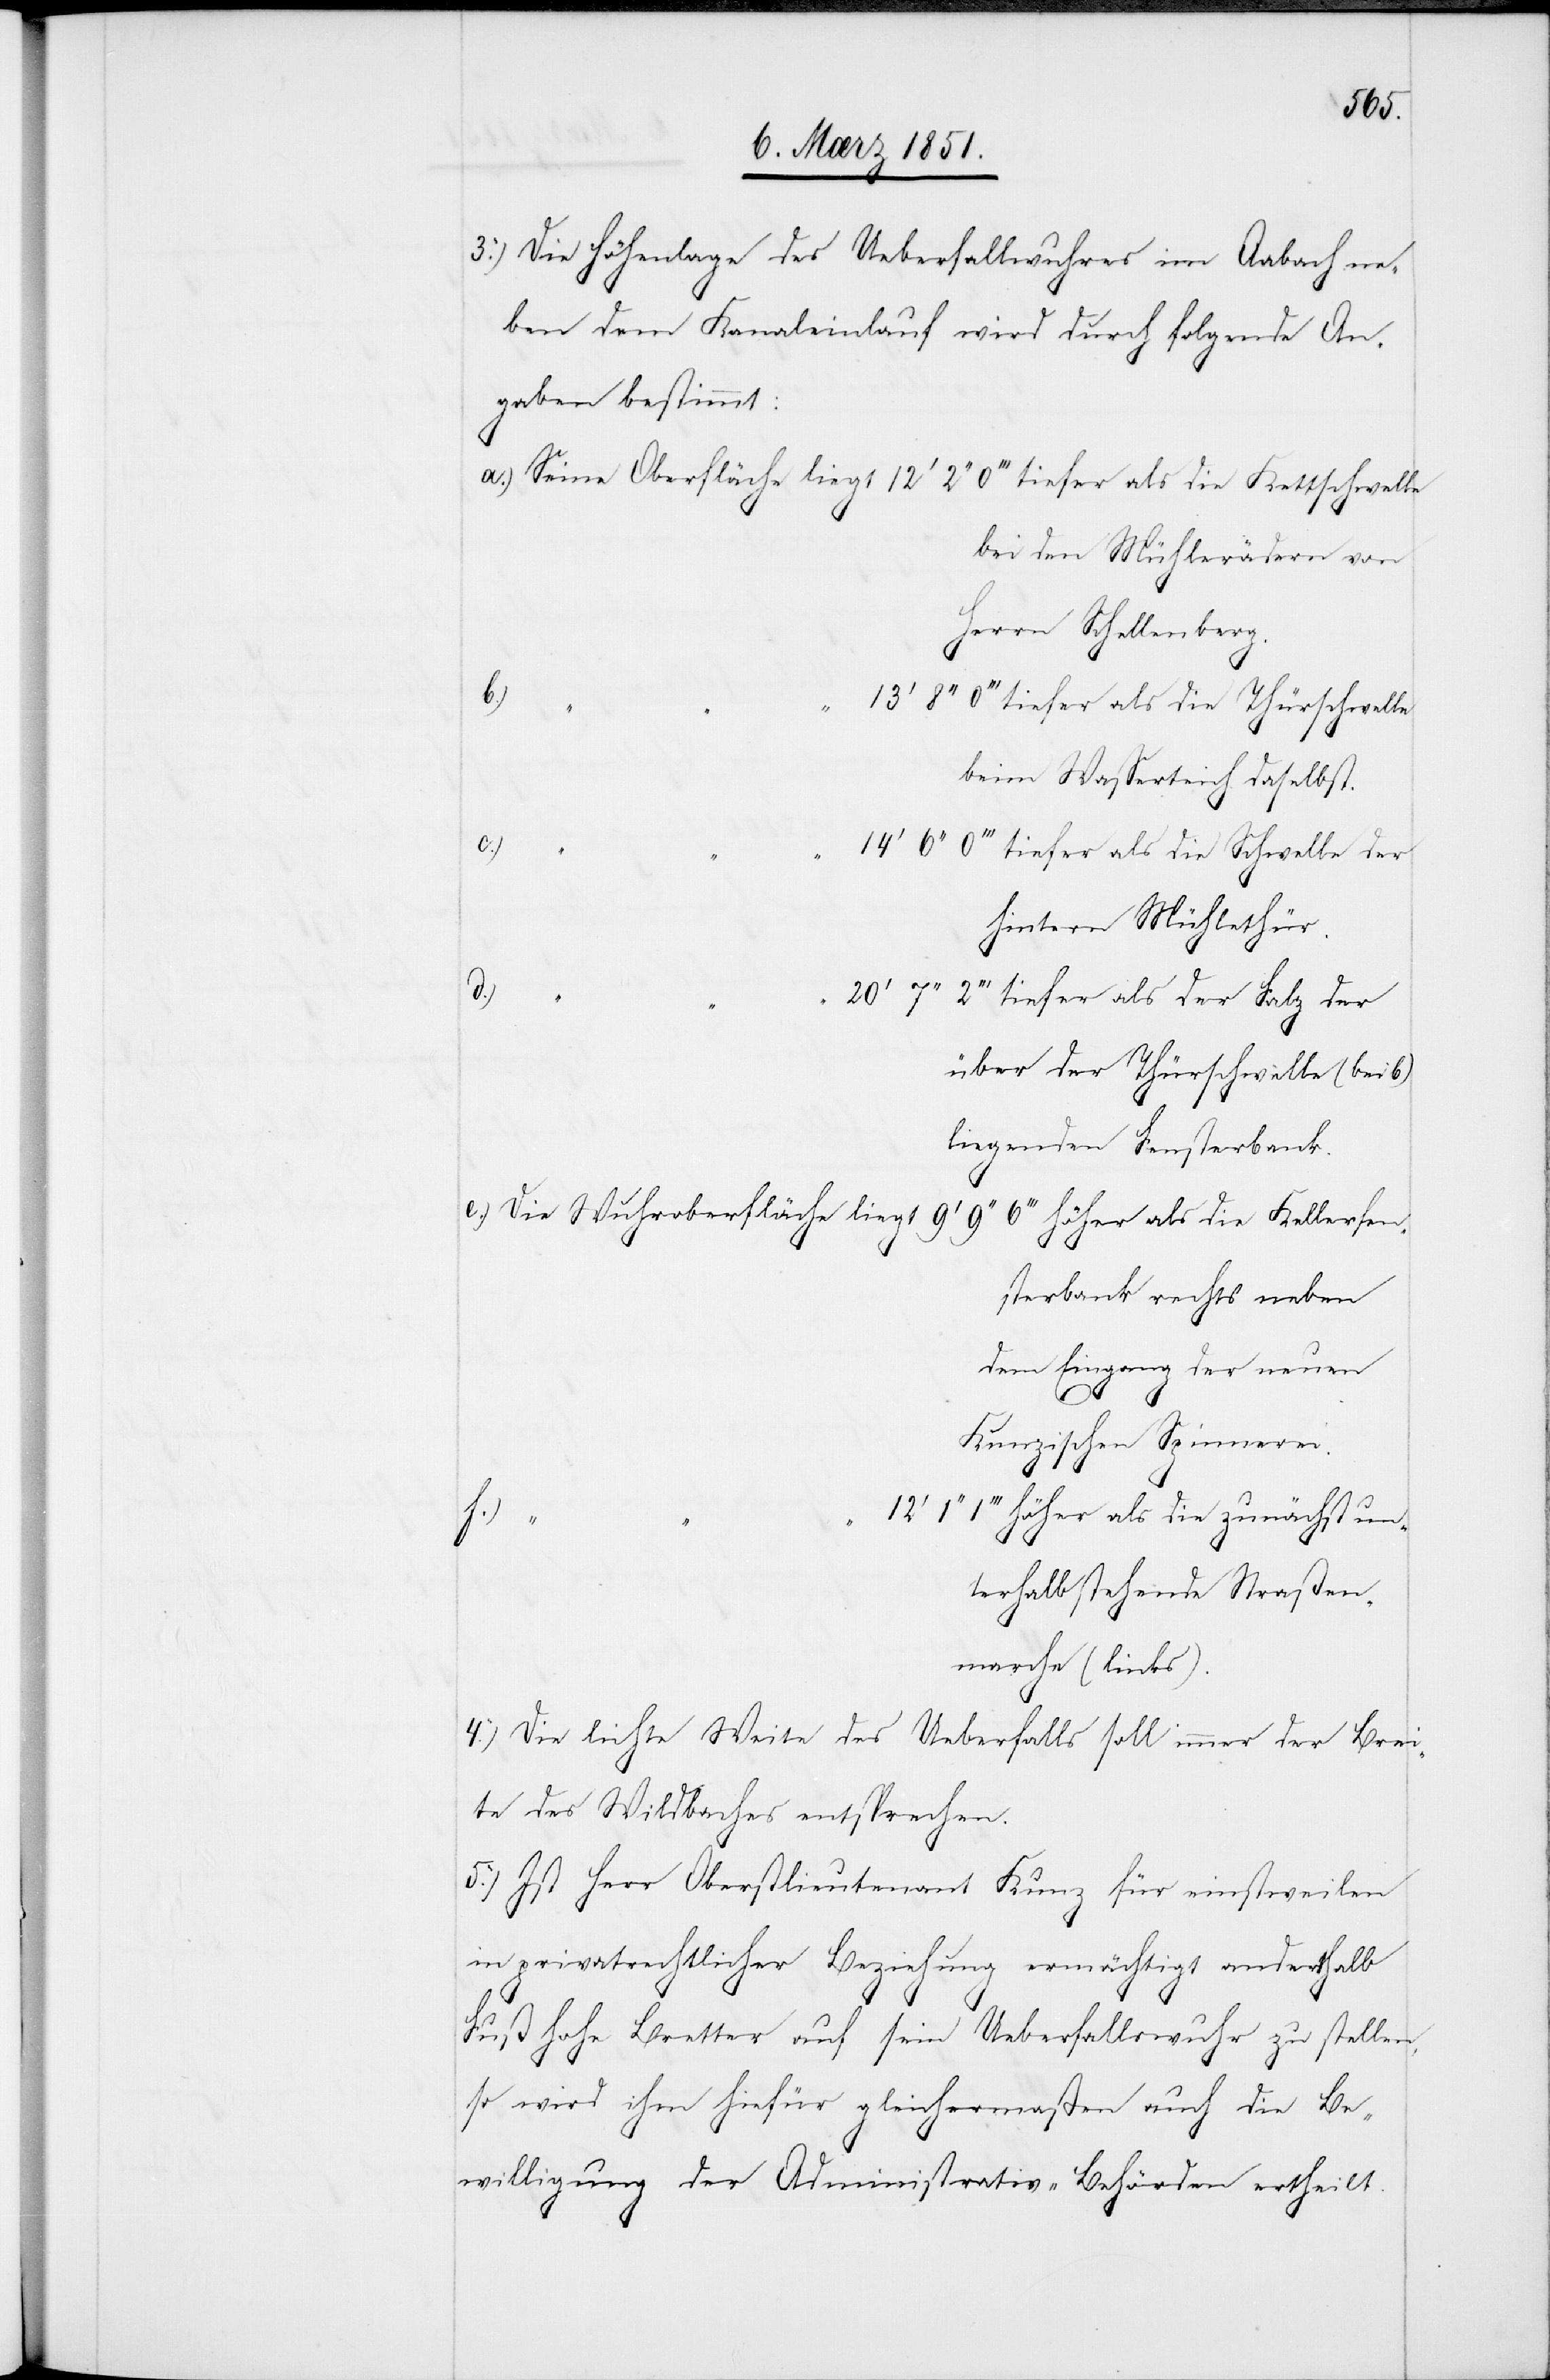
Die Höhenlage des Ueberfallwuhres im Aabach n¬
eben dem Kanaleinlauf wird durch folgende An¬
gaben bestimmt:
Seine Oberfläche liegt 12‘ 2‘‘ 0‘‘‘ tiefer als die Kettschwelle
bei den Mühlerädern von
Herrn Schellenberg.
b.)
8‘‘ 0‘‘‘ tiefer als die Thürschwelle
4.)
14‘ 6‘‘ 0‘‘‘ tiefer als die Schwelle der
“
hintern Mühlethür.
5.)
2‘‘‘ tiefer als der Falz der
über der Thürschwelle (bei b)
liegenden Fensterbank.
Die Wuhroberfläche liegt 9‘ 9‘‘ 6‘‘‘ höher als die Kellerfen¬
sterbank rechts neben
Eingang der neuen
Kunzischen Spinnerei.
“
1‘‘‘ höher als die zunächst unt¬
aßen¬
marche (links).
Die lichte Weite des Ueberfalls soll immer der Brei¬
te des Wildbaches entsprechen.
Ist Herr Oberstlieutenant Kunz für einstweilen
in privatrechtlicher Beziehung ermächtigt anderthalb
Fuß hohe Bretter auf sein Ueberfallswuhr zu stellen,
so wird ihm hiefür gleichermaßen auch die Be¬
willigung der Administrativ-Behörden ertheilt.